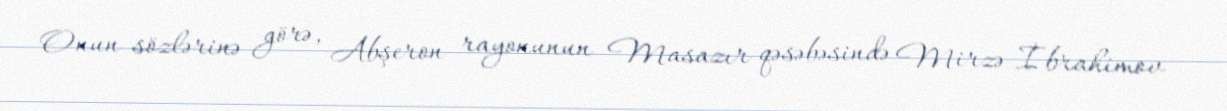
Onun sözlərinə görə, Abşeron rayonunun Masazır qəsəbəsində Mirzə İbrahimov